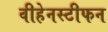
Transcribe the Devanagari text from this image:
वीहेनस्टीफन